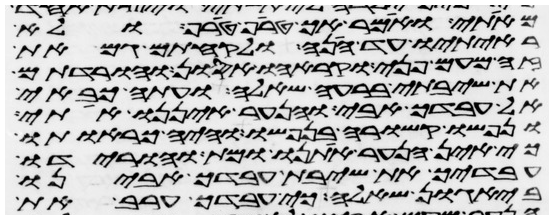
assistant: מאתי ואמר הך טרף טרף ולא
ראיתיו עד הנה ולקחתם גם את
זה מעם פני וקראהו אסון והורדתם
את שיבתי ברעה שאלה ועתה כבאי
אל עבדך אבי והנער איננו אתי
ונפשו קשורה בנפשו והיה כראותו
כי אין הנער אתנו ומת והורידו
עבדיך את שיבת עבדך אבינו
ביגון שאלה כי עבדך ערב את